Board of Education Examinations in Art and in Science and Technology, and Examinations of the City and Guilds of London Institute, 1916, 1916
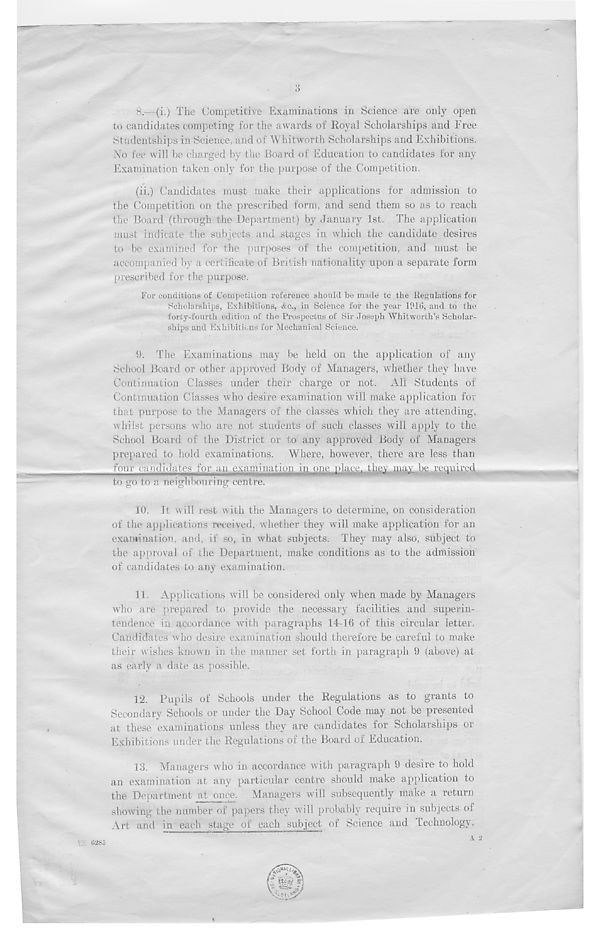
o
8.- (i.) The Competitive Examinations in Science are only open
to candidates competing for the awards of Royal Scholarships and Free
Studentships in Science, and of Whitworth Scholarships and Exhibitions.
No fee will be charged by the Board of Education to candidates for any
Examination taken onl} r for the purpose of the Competition.
(ii.) Candidates must make their applications for admission to
the Competition on the prescribed form, and send them so as to reach
the Board (through the Department) by January 1st. The application
must indicate the subjects and stages in which the candidate desires
to be examined for the purposes of the competition, and must be
accompanied by a certificate of British nationality upon a separate form
prescribed for the purpose.
For conditions of Competition reference should be made to the Regulations for
Scholarships, Exhibitions, &c., in Science for the year 1916, and to the
forty-fourth edition of the Prospectus of Sir Joseph Whitworth’s Scholar-
ships and Exhibitions for Mechanical Science.
0. The Examinations may be held on the application of any
School Board or other approved Body of Managers, whether they have
Continuation Classes under their charge or not. All Students of
Continuation Classes who desire examination will make application for
that purpose to the Managers of the classes which they are attending,
whilst persons who are not students of such classes will apply to the
School Board of the District or to any approved Body of Managers
prepared to hold examinations. Where, however, there are less than
fo;i i ‘ ca ml i < hi tes ffiyym
, j > ili||g|ifci|il 1 i cv mav be rcuuii'cd
to go to a neighbouring centre.
10. It will rest with the Managers to determine, on consideration
of the applications received, whether they will make application for an
examination, and, if so, in what subjects. They may also, subject to
the approval of the Department, make conditions as to the admission
of candidates to any examination.
11. Applications will be considered only when made by Managers
who are prepared to provide the necessary facilities and superin-
tendence in accordance with paragraphs 14-16 of this circular letter.
Candidates who desire examination should therefore be careful to make
their wishes known in the manner set forth in paragraph 9 (above) at
as early a date as possible.
12. Pupils of Schools under the Regulations as to grants to
Secondary Schools or under the Day School Code may not be presented
at these examinations unless they are candidates for Scholarships or
Exhibitions under the Regulations of the Board of Education.
13. Managers who in accordance with paragraph 9 desire to hold
an examination at any particular centre should make application to
the Department at once. Managers will subsequently make a return
showing the number of papers they will probably require in subjects of
Art and in each stage of each subject of Science and technology,
A 2
0285